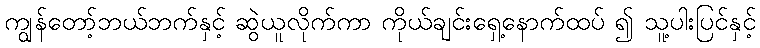
ကျွန်တော့်ဘယ်ဘက်နှင့် ဆွဲယူလိုက်ကာ ကိုယ်ချင်းရှေ့နောက်ထပ် ၍ သူ့ပါးပြင်နှင့်